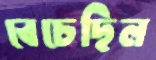
বেচেছিল